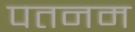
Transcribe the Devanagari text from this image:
पतनम